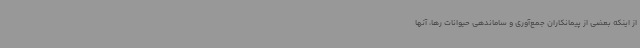
از اینکه بعضی از پیمانکاران جمع‌آوری و ساماندهی حیوانات رها، آنها